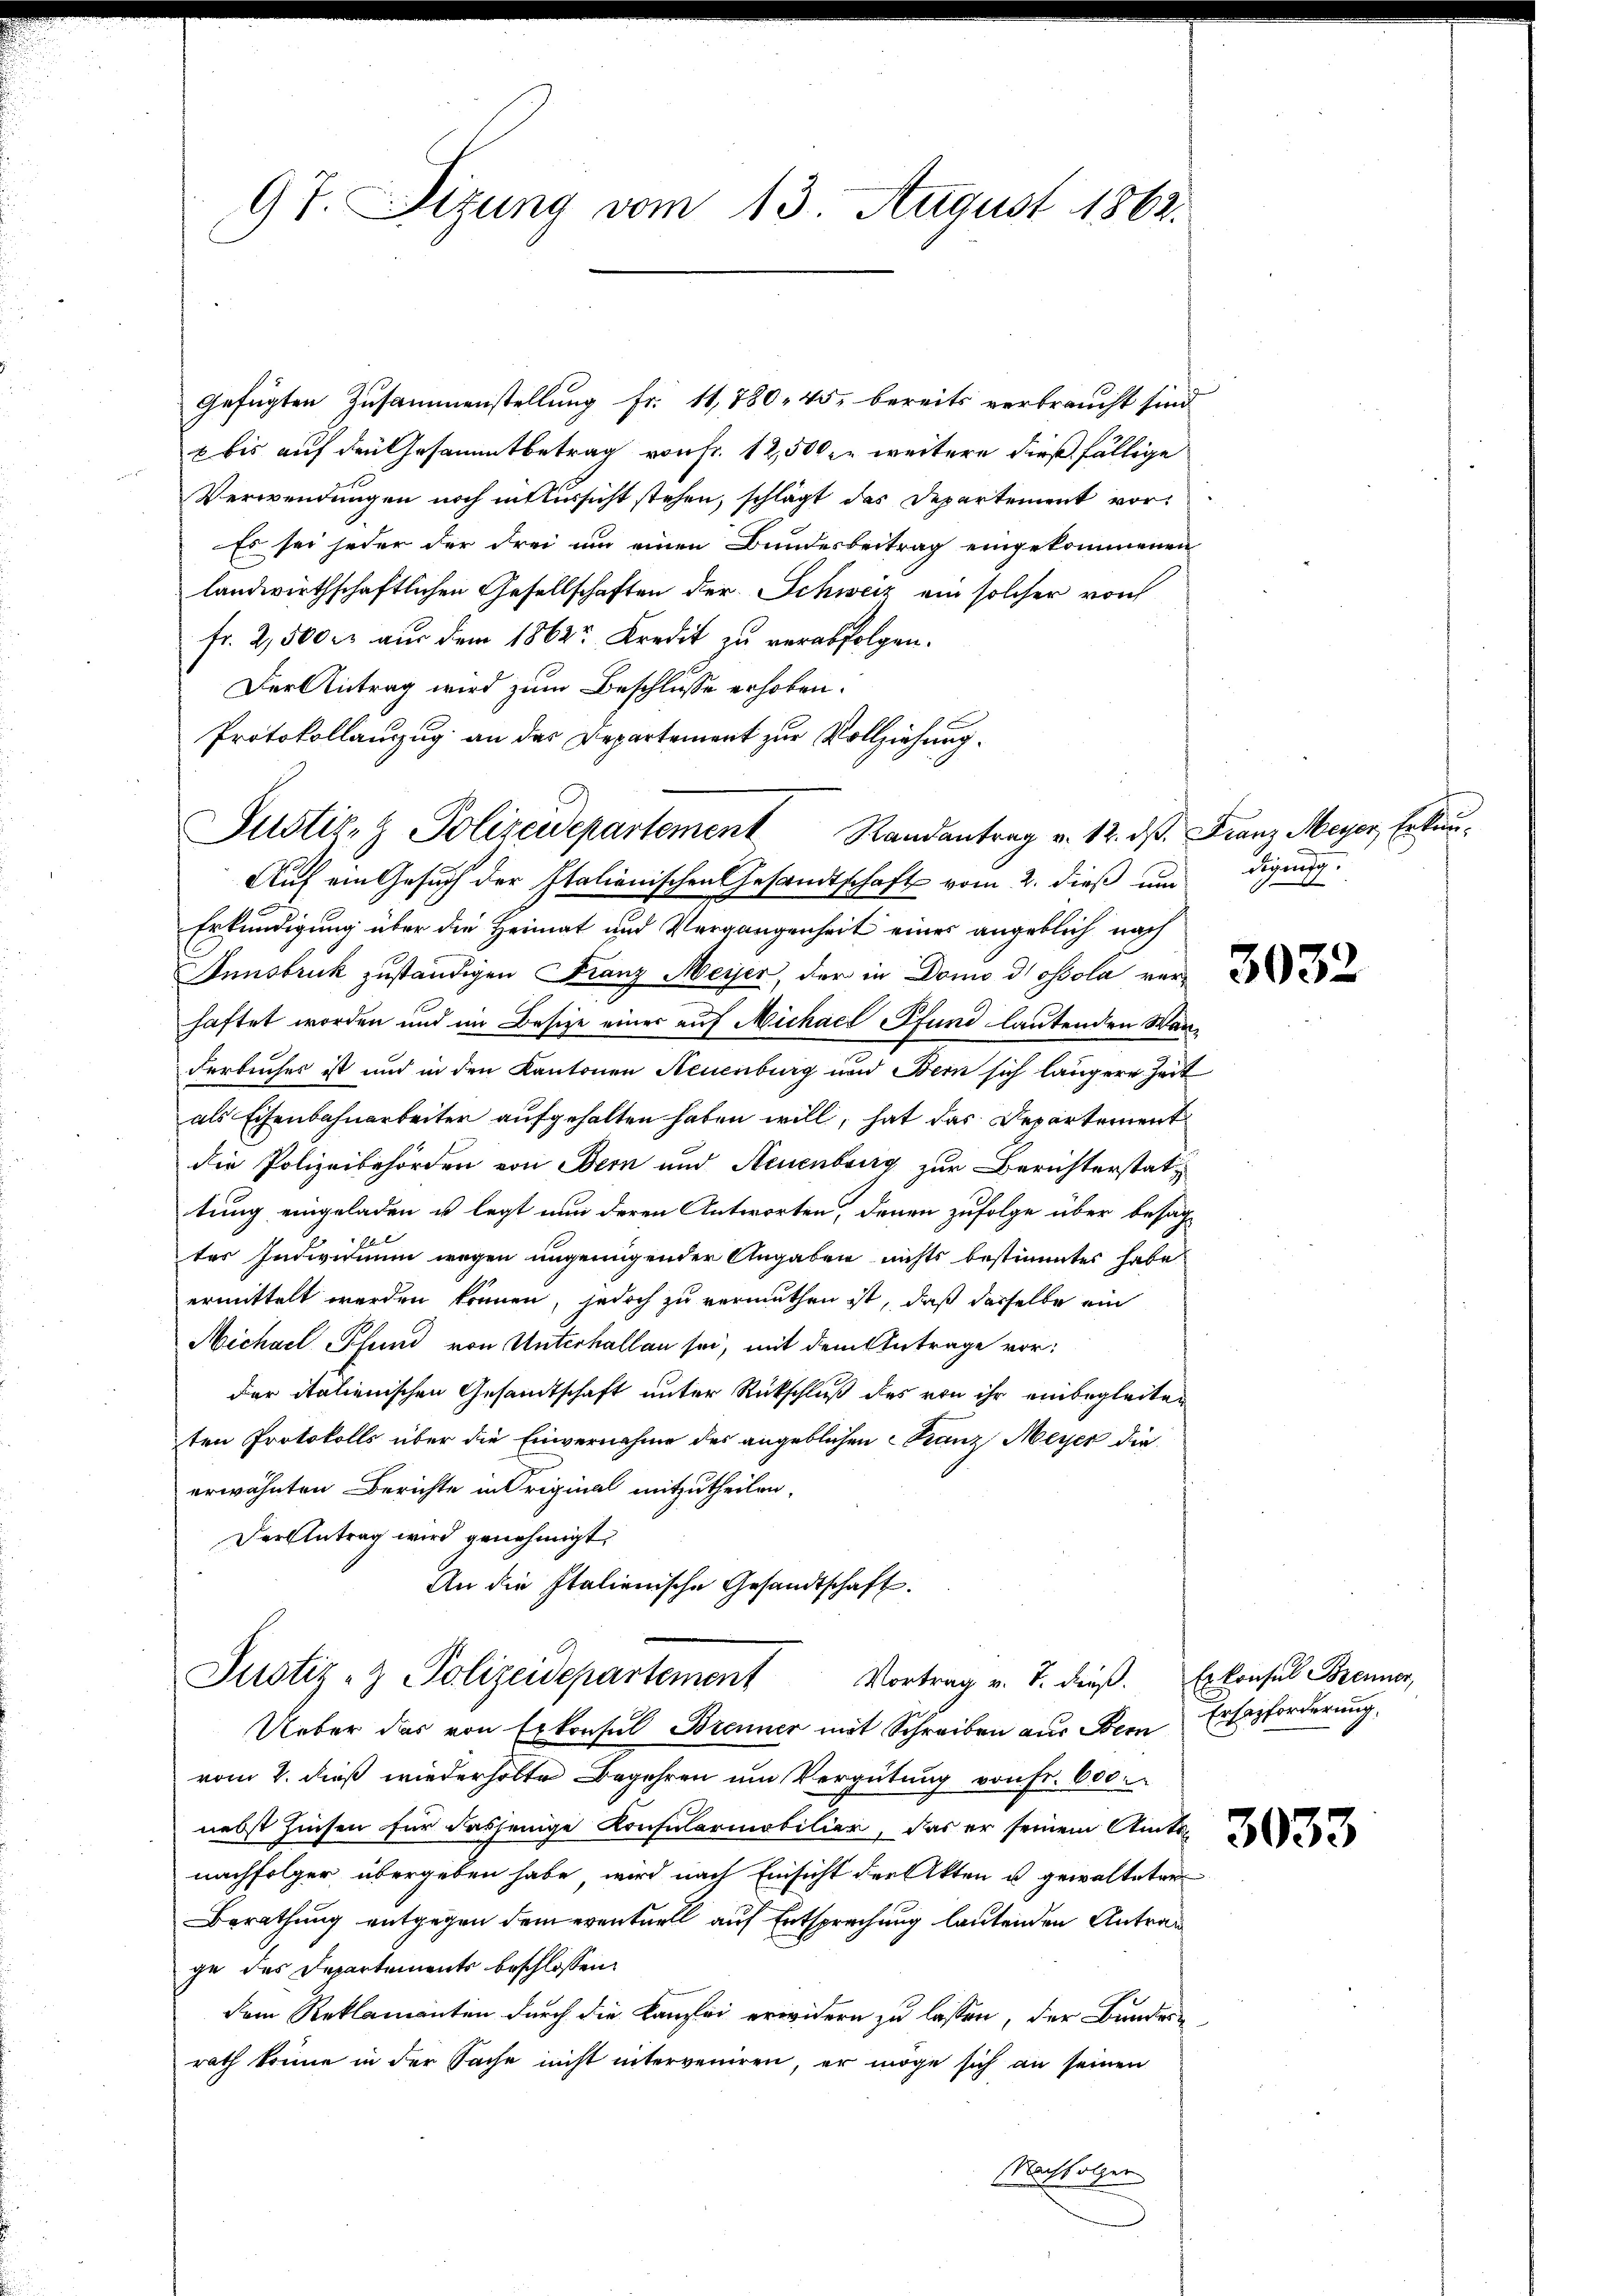
97. Sitzung vom 13 August 1862.

gefügten Zusammenstellung Fr. 11, 780, 45. bereits verbraucht sind
 bis auf den Gesammtbetrag von Fr. 12,500. weitere dießfällige
Verwendungen noch intussicht stehen, schlägt das Departement vor¬
Es sei jeder der drei um einen Bundesbeitrag eingekommenen
landwirthschaftlichen Gesellschaften der Schweiz ein solcher vorh
Fr. 2,500 er aus dem 1862 Kredit zu verabfolgen.
Der Antrag wird zum Beschlusse erhoben.
Protokollanzug an das Departement zur Vollziehung.

Justiz- & Polizeidepartement Randantrag v. 12. ds. Franz Meyer, Erken¬
Auf ein Gesuch der Italienischen Gesandtschaft vom 2. dieß um

Erkundigung über die Heimat und Vergangenheit eines angeblich nach
Innsbruck zuständigen Franz Meyer, der in Domo di ossola vor
haftet worden und im Besitze einer auf Michael Pfund lautenden Wanderbuches ist und in den Kantonen Neuenburg und Bern sich längere Zeit
als Eisenbahnarbeiter aufgehalten haben will, hat das Departement
die Polizeibehörden von Bern und Neuenburg zur Berichterstatz
tung eingeladen u legt nun deren Antworten, denen zufolge über besag
4
ter Individuum wegen ungenügender Angaben nichts bestimmtes habe
ermittelt werden können, jedoch zu vermuthen ist, daß dasselbe ein
Michael Pfund von Unterhallen sei, mit dem Antrage vor:
der italienischen Gesandtschaft unter Rückschluß des von ihr einbegleiten
ten Protokolls über die Einvernahme des angeblichen Franz Meyer die
erwähnten Berichte in Original mitzutheilen.
Der Antrag wird genehmigt,
An die Italienische Gesandtschaft.

Justiz - Polizeidepartement Vortrag v. J. dieß. Es konsul Brenner,

Ueber das von Exkonsul Brenner mit Schreiben aus dem Ersatzforderung,
vom 2. dieß wiederholte Begehren um Vergütung von Fr. 600.
nebst Zinsen für dasjenige Konsularmobilier, das er seinem Amts
nachfolger übergeben habe, wird nach Einsicht der Akten u gewalteter
Berathung entgegen dem eventuell auf Entsprechung lautenden Antrag
ge des Departements beschlossen:
dem Reklamanten durch die Kanzlei erwidern zu lassen, der Bunder
rath könne in der Sache nicht interveniren, er möge sich an seinen
Nachfolgen

diejeni
7